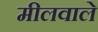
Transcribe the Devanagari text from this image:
मीलवाले